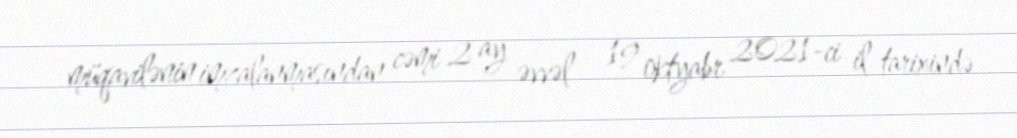
müqavilənin imzalanmasından cəmi 2 ay əvvəl - 19 oktyabr 2021-ci il tarixində